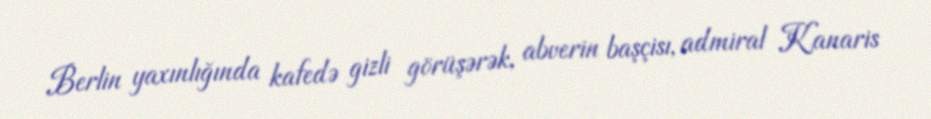
Berlin yaxınlığında kafedə gizli görüşərək, abverin başçisı, admiral Kanaris